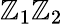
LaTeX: \mathbb{Z}_{1}\mathbb{Z}_{2}